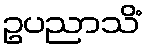
ဥပညာသိံ